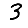
Digit: 3